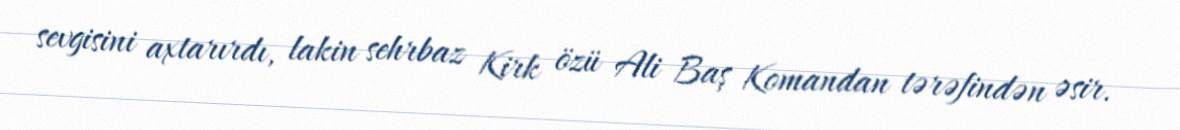
sevgisini axtarırdı, lakin sehrbaz Kirk özü Ali Baş Komandan tərəfindən əsir.